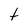
Character: t